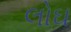
લોઘ